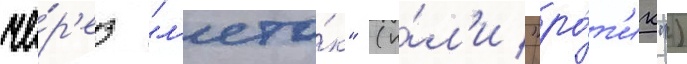
че́р'ез "л'ето́к" (и́л'и "ро́т'ик")